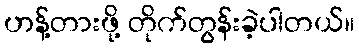
ဟန့်တားဖို့ တိုက်တွန်းခဲ့ပါတယ်။